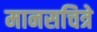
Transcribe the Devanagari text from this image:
मानसचित्रे